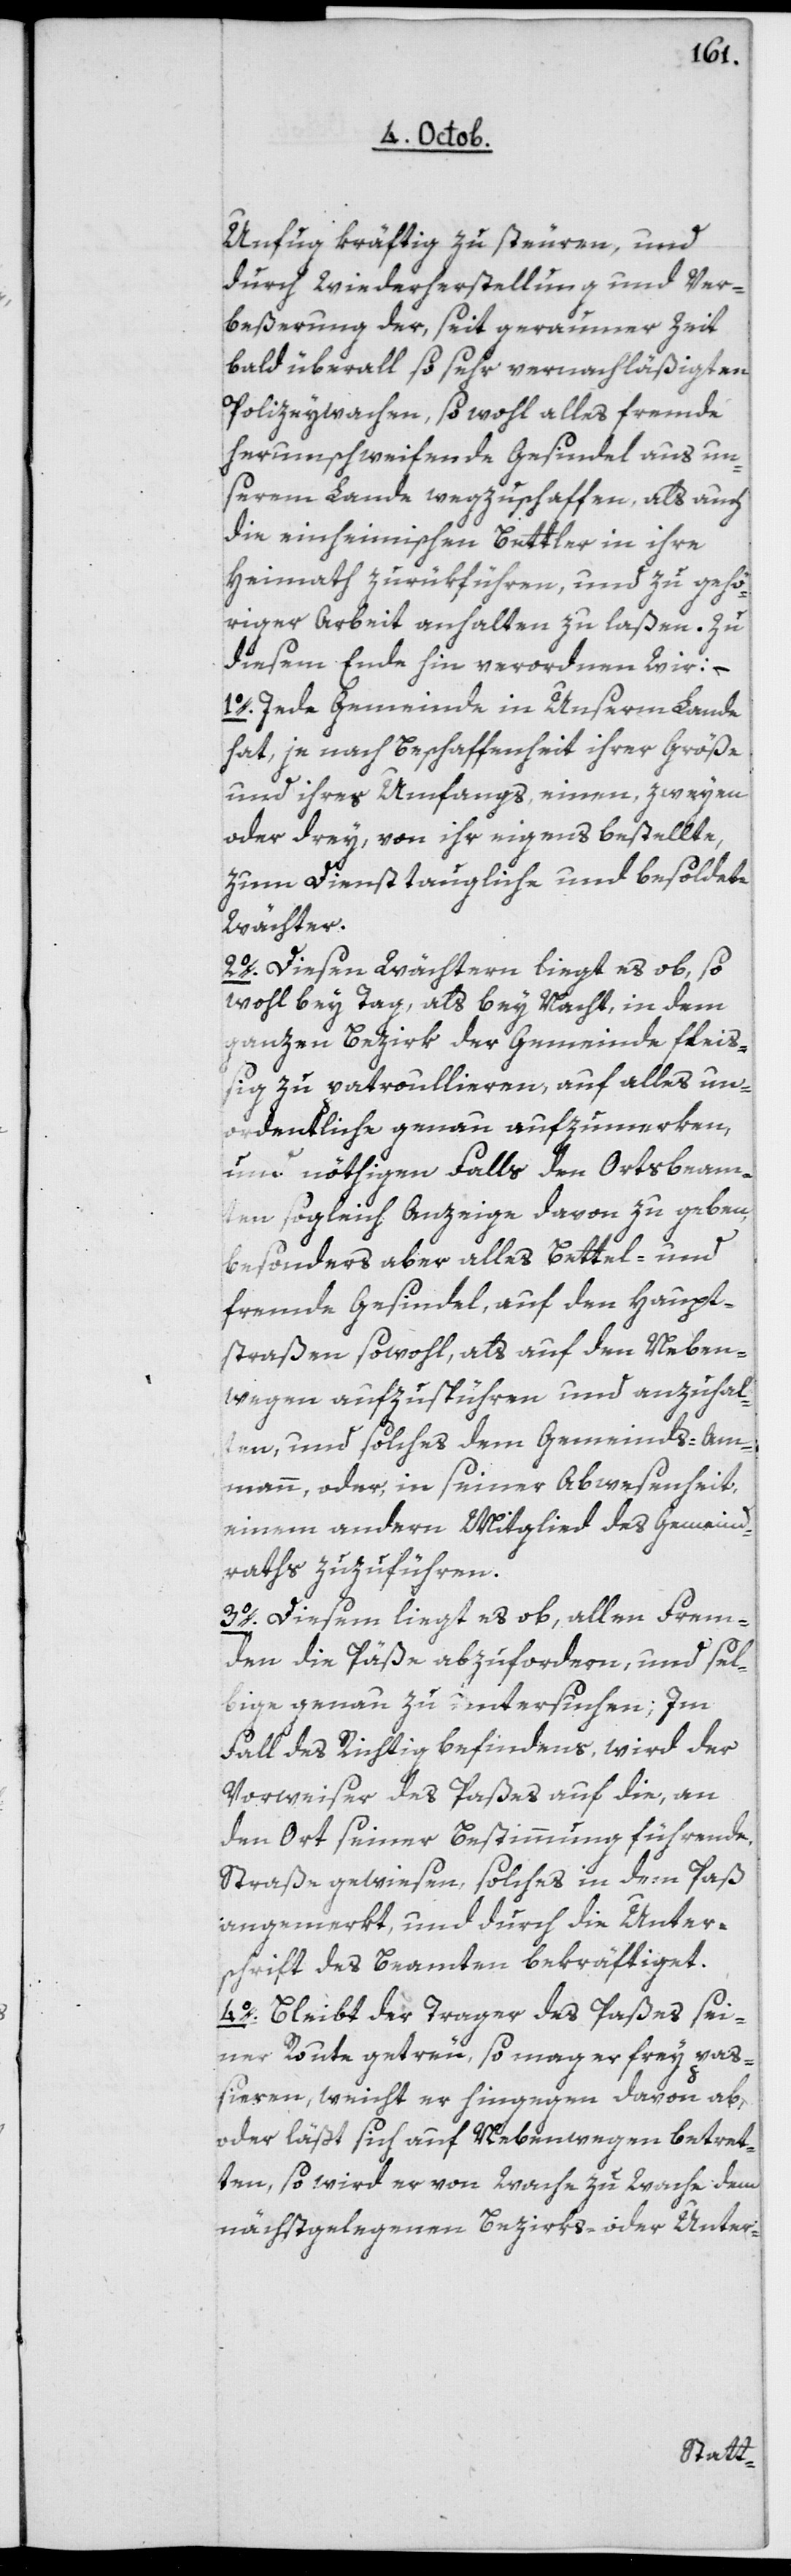
Unfug kräftig zu steuren, und
durch Wiederherstellung und Ver¬
beßerung der, seit geraumer Zeit
bald überall so sehr vernachläßigten
Polizeywachen, sowohl alles fremde
herumschweifende Gesindel aus un¬
serem Lande wegzuschaffen, als auch
die einheimischen Bettler in ihre
Heimath zurükführen, und zu gehö¬
riger Arbeit anhalten zu laßen. Zu
diesem Ende hin verordnen wir:
1o Jede Gemeinde in Unserm Lande
hat, je nach Beschaffenheit ihrer Größe
und ihres Umfangs, einen, zweyen
oder drey, von ihr eigens bestellte,
zum Dienst taugliche und besoldete
Wächter.
2o Diesen Wächtern liegt es ob, so¬
wohl bey Tag, als bey Nacht, in dem
ganzen Bezirk der Gemeinde fleiß¬
ig zu patrouillieren, auf alles Uno¬
rdentliche genau aufzumerken,
um nöthigen Falls den Ortsbeam¬
ten sogleich Anzeige davon zu geben,
besonders aber alles Bettel- und
fremde Gesindel, auf den Haupt¬
straßen sowohl, als auf den Neben¬
wegen aufzuspühren und anzuhal¬
ten, und solches dem Gemeinds-Am¬
mann, oder in seiner Abwesenheit
einem andern Mitglied des Gemeind¬
raths zuzuführen.
3o Diesem liegt es ob, allen Frem¬
den die Päße abzufordern, und sel¬
bige genau zu untersuchen; Im
Fall des Richtigbefindens, wird der
Vorweiser des Paßes auf die, an
den Ort seiner Bestimmung führende
Straße gewiesen, solches in dem Paß
angemerkt, und durch die Unter¬
schrift des Beamten bekräftiget.
4o Bleibt der Trager des Paßes sei¬
ner Route getreu, so mag er frey pa¬
ßieren, weicht er hingegen davon ab,
oder läßt sich auf Nebenwegen betret¬
ten, so wird er von Wache zu Wache dem
nächstgelegenen Bezirks- oder Unter-